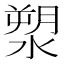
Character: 𣺩